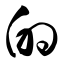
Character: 的